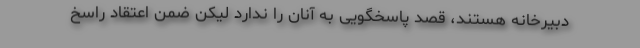
دبیرخانه هستند، قصد پاسخگویی به آنان را ندارد لیکن ضمن اعتقاد راسخ